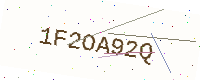
Text: 1F2OA92Q